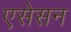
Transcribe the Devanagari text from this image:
एसेसन